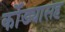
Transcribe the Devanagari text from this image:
कोँड्यासह